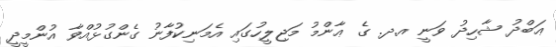
ޢަބްދު ޝާހިދު ވަނީ އ.ދ. ގެ ޢާންމު މަޖިލީހުގައި އެމަނިކުފާނު ގެންގުޅުއްވާ އުންމީދީ